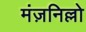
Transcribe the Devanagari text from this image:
मंज़निल्लो